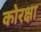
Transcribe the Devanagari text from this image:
कोरक्षा